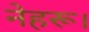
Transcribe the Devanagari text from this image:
नेहरू।